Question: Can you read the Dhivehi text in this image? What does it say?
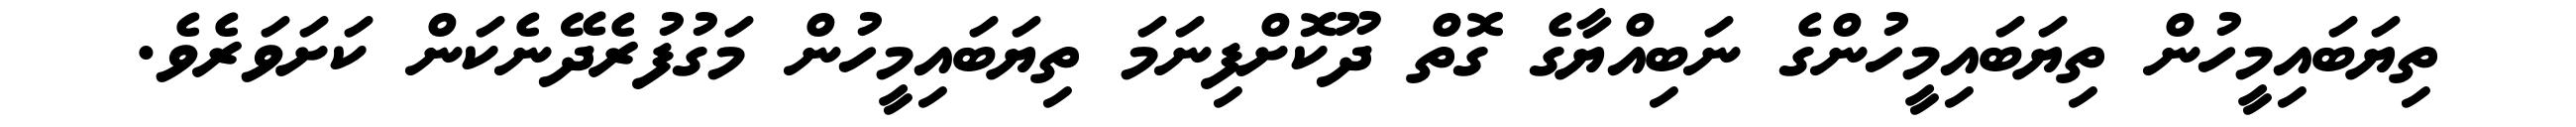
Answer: ތިޔަބައިމީހުން ތިޔަބައިމީހުންގެ ނަބިއްޔާގެ ގޮތް ދޫކޮށްފިނަމަ ތިޔަބައިމީހުން މަގުފުރެދޭނެކަން ކަށަވަރެވެ.